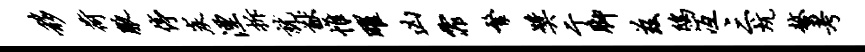
移荷腋停炭湮拆就猷帷曜凶霏繁奖亍脚兹鸱冱三炕螯考